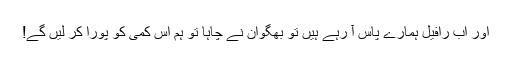
اور اب رافیل ہمارے پاس آ رہے ہیں تو بھگوان نے چاہا تو ہم اس کمی کو پورا کر لیں گے!